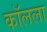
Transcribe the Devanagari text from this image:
कॉलला